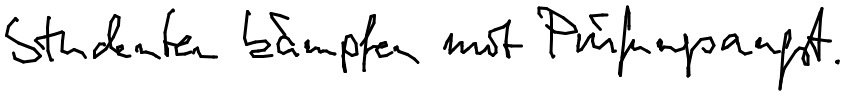
Studenten kämpfen mit Prüfungsangst.